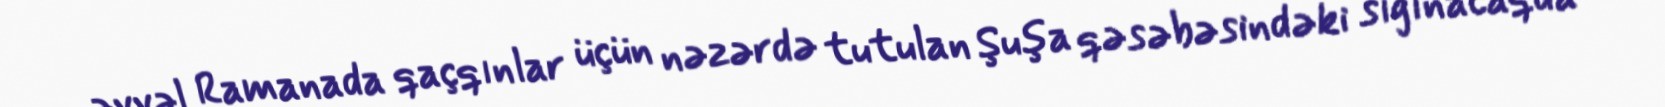
əvvəl Ramanada qaçqınlar üçün nəzərdə tutulan Şuşa qəsəbəsindəki sığınacaqda